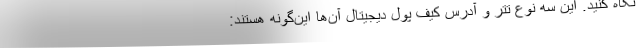
نگاه کنید. این سه نوع تتر و آدرس کیف پول دیجیتال آن‌ها این‌گونه هستند: